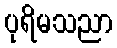
ပုရိမသညာ